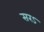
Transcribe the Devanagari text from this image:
सरऽ